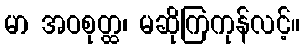
မာ အဝစုတ္ထ၊ မဆိုကြကုန်လင့်။